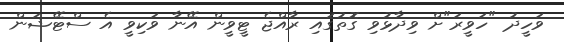
ވަހީދު "ހަވީރަ"ށް ވިދާޅުވި ގޮތުގައި ރާއްޖެ ޓީވީން އޭނާ ވަކިވީ އެ ސްޓޭޝަން